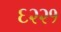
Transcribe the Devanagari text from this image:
६२२१